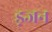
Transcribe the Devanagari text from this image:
ड़जन